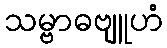
သမ္ဗာဓဗျူဟံ